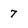
Character: 7